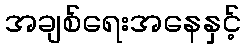
အချစ်ရေးအနေနှင့်